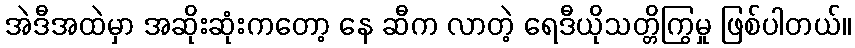
အဲဒီအထဲမှာ အဆိုးဆုံးကတော့ နေ ဆီက လာတဲ့ ရေဒီယိုသတ္တိကြွမှု ဖြစ်ပါတယ်။